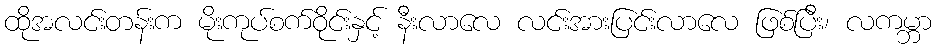
ထိုအလင်းတန်းက မိုးကုပ်စက်ဝိုင်းနှင့် နီးလာလေ လင်းအားပြင်းလာလေ ဖြစ်ပြီး၊ လကမ္ဘာ